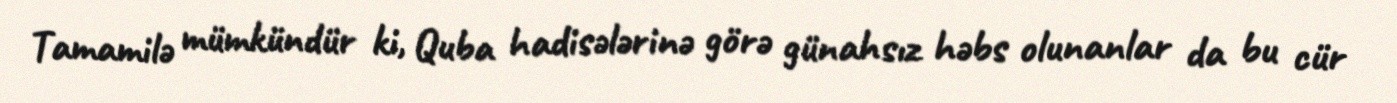
Tamamilə mümkündür ki, Quba hadisələrinə görə günahsız həbs olunanlar da bu cür